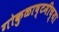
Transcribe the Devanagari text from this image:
गोकुळाष्टमीच्या